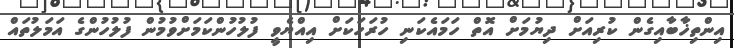
އިންތިޚާބާއިގެން ކުރިއަށް ދިޔުމަށް އޮތް ހަމައެކަނި ހުރަހަކަށް އިއްޔެވީ ފުލުހުންކަމަށްވުމުން ފުލުހުންގެ އަމަލުތައް